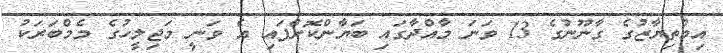
އިމްތިޔާޒުގެ ގާނޫނުގެ 13 ވަނަ މާއްދާގައި ބަޔާންކޮށްފައި އެ ވަނީ މަޖިލީހުގެ މެމްބަރަކު